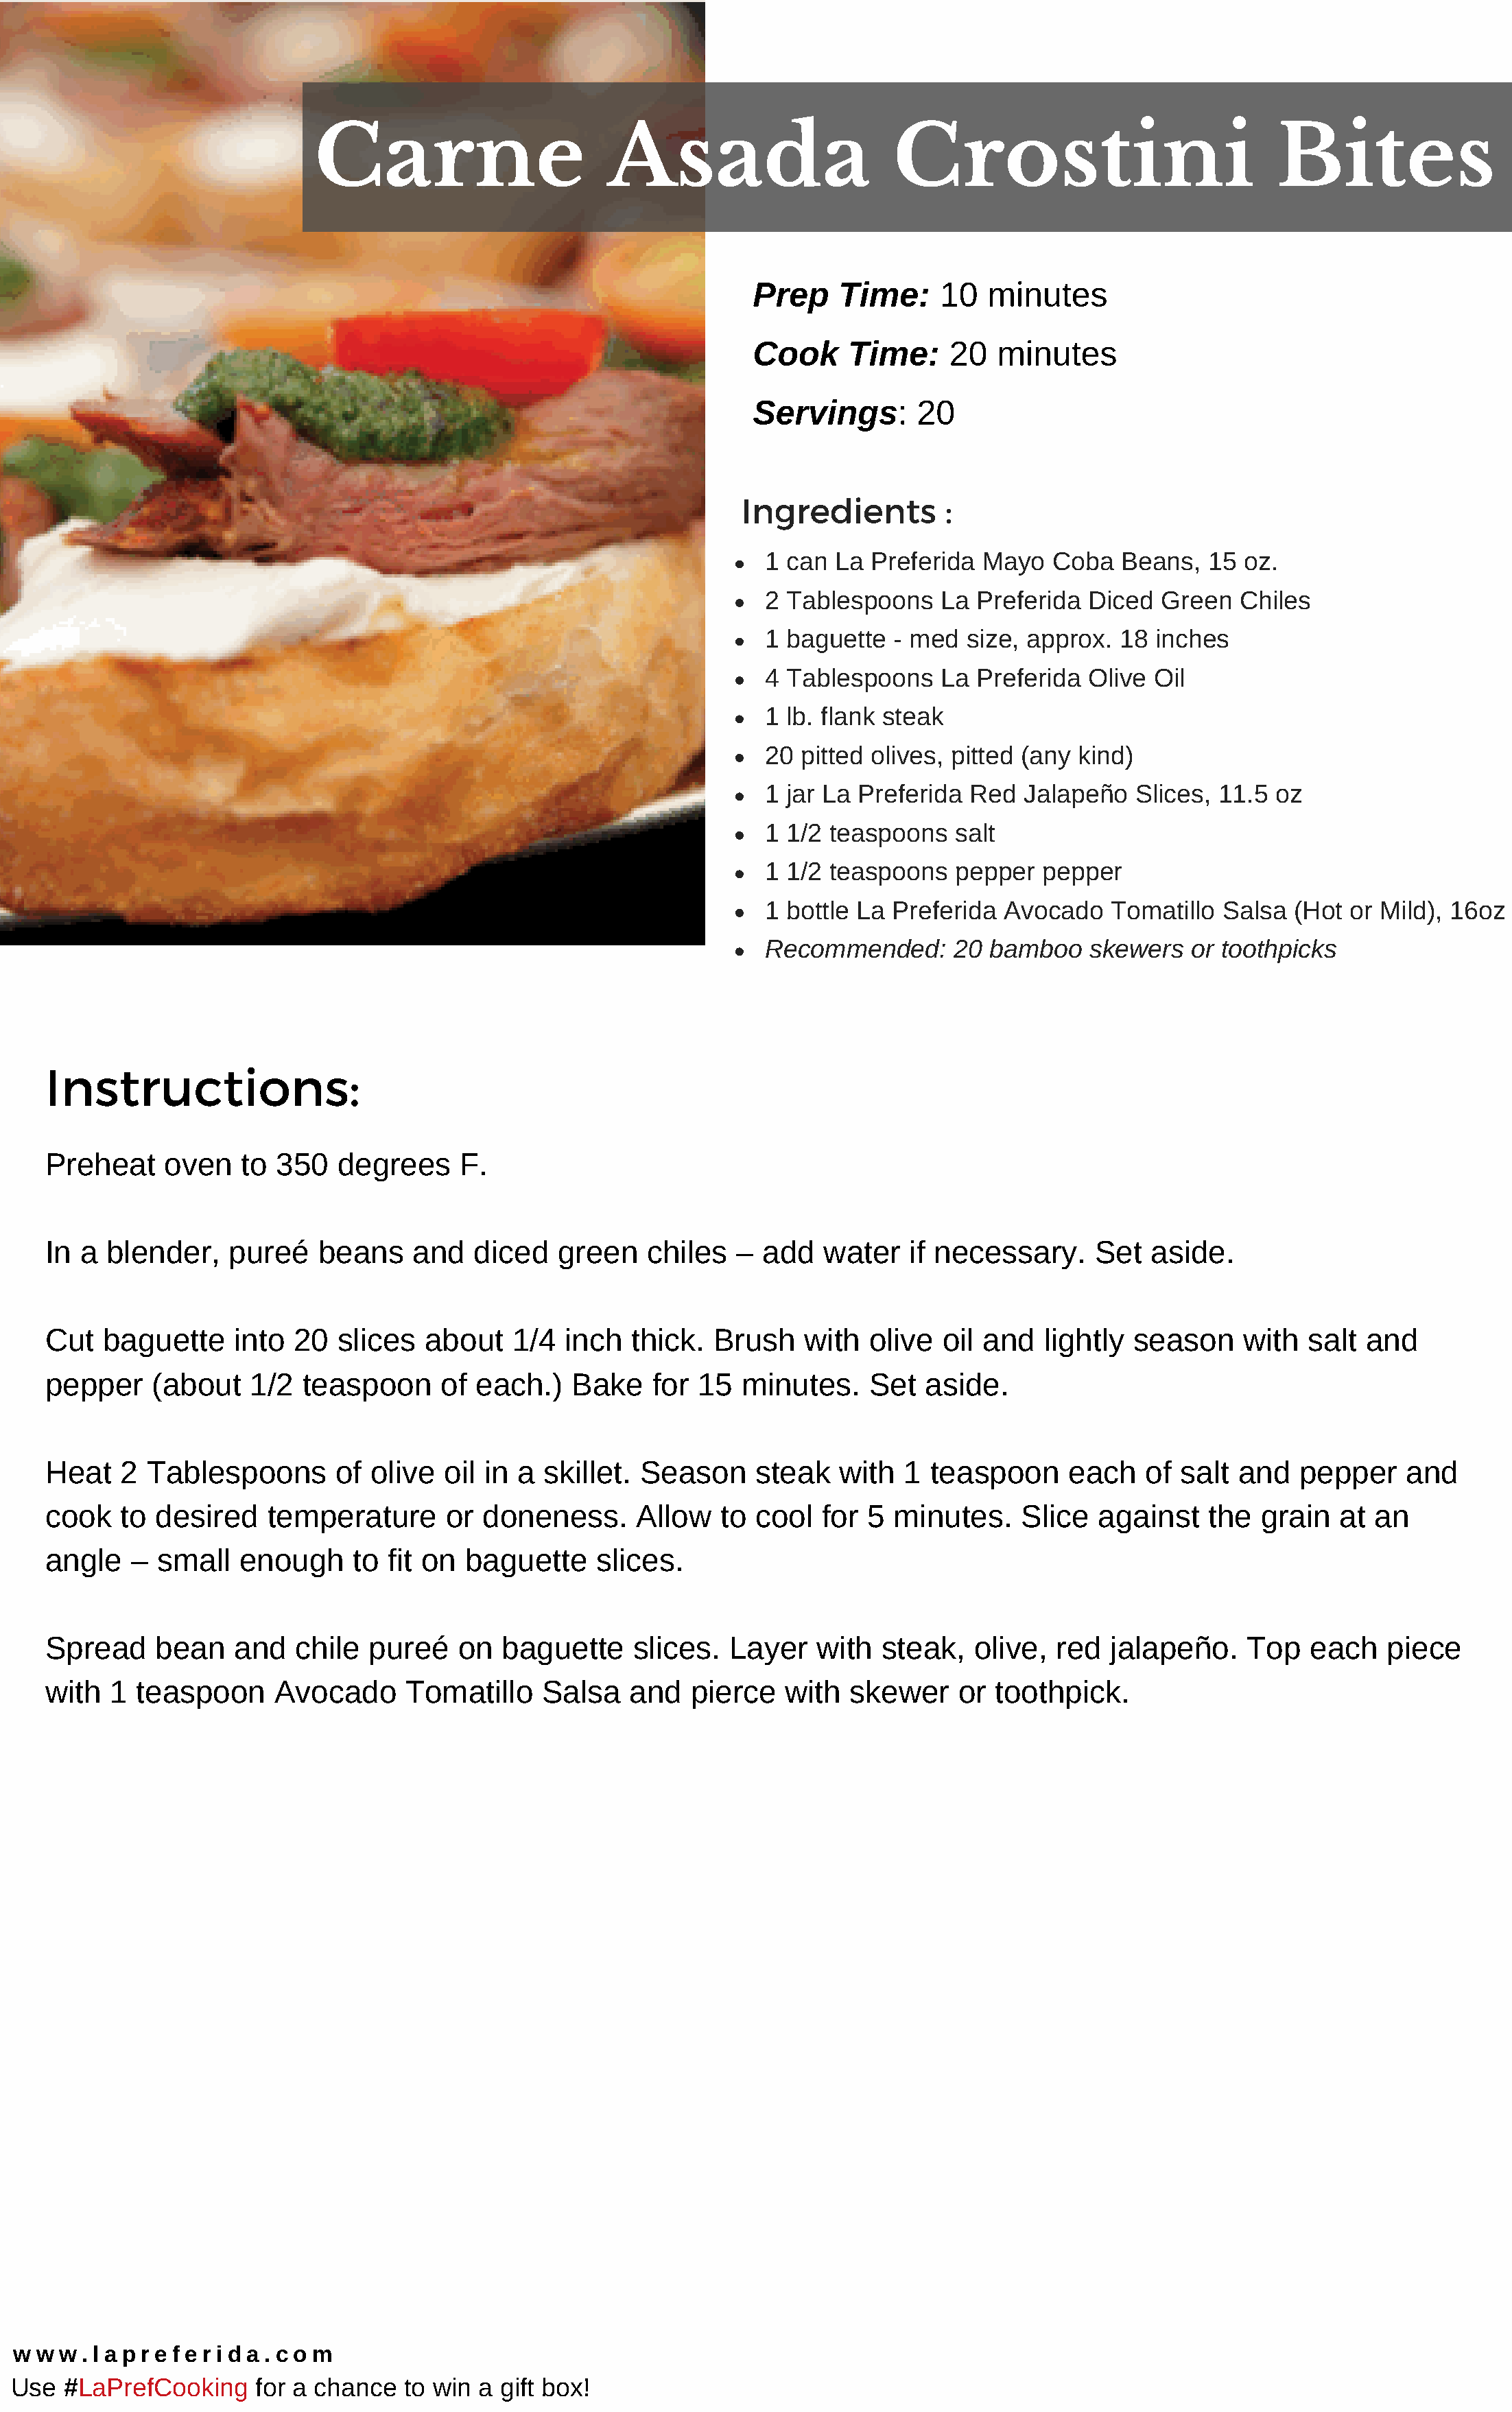
Carne                        Asada                      Crostini                             Bites
 Prep    Time:     10  minutes
 Cook     Time:     20  minutes
 Servings:      20
 Ingredients        :
 1 can  La Preferida  Mayo   Coba  Beans,   15 oz.
 2 Tablespoons    La Preferida  Diced  Green   Chiles
 1 baguette  - med  size, approx.  18 inches
 4 Tablespoons    La Preferida  Olive Oil
 1 lb. flank steak
 20 pitted olives, pitted (any kind)
 1 jar La Preferida  Red  Jalapeño   Slices, 11.5 oz
 1 1/2 teaspoons   salt
 1 1/2 teaspoons   pepper   pepper
 1 bottle La Preferida  Avocado   Tomatillo  Salsa  (Hot or Mild), 16oz
 Recommended:      20 bamboo    skewers   or toothpicks
 Instructions:
 Preheat     oven   to  350   degrees    F.
 In  a blender,    pureé    beans    and   diced   green   chiles   –  add  water    if necessary.     Set  aside.
 Cut   baguette     into 20   slices  about   1/4  inch   thick.  Brush    with  olive  oil and   lightly season     with  salt  and
 pepper     (about   1/2  teaspoon     of  each.)   Bake    for 15   minutes.    Set  aside.
 Heat    2 Tablespoons       of  olive  oil in a skillet.  Season     steak   with  1  teaspoon     each   of  salt and   pepper     and
 cook    to desired    temperature      or  doneness.     Allow   to  cool  for  5 minutes.    Slice   against    the  grain  at  an
 angle    – small   enough     to fit on  baguette     slices.
 Spread     bean    and  chile   pureé   on  baguette     slices.  Layer    with  steak,   olive,  red  jalapeño.    Top   each    piece
 with   1 teaspoon     Avocado      Tomatillo    Salsa    and   pierce   with  skewer    or  toothpick.
 w w  w . l a p r e f e r i d a . c o m
 Use  #LaPrefCooking     for a chance  to win a gift box!